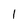
Character: 1